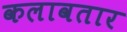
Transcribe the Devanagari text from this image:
कलावतार